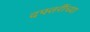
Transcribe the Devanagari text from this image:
दफ्तरींच्या